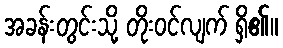
အခန်းတွင်းသို့ တိုးဝင်လျက် ရှိ၏။